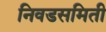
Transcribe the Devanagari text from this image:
निवडसमिती